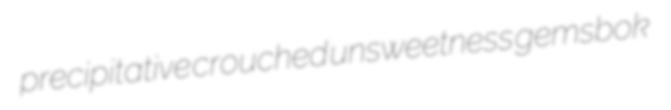
precipitative crouched unsweetness gemsbok